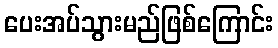
ပေးအပ်သွားမည်ဖြစ်ကြောင်း